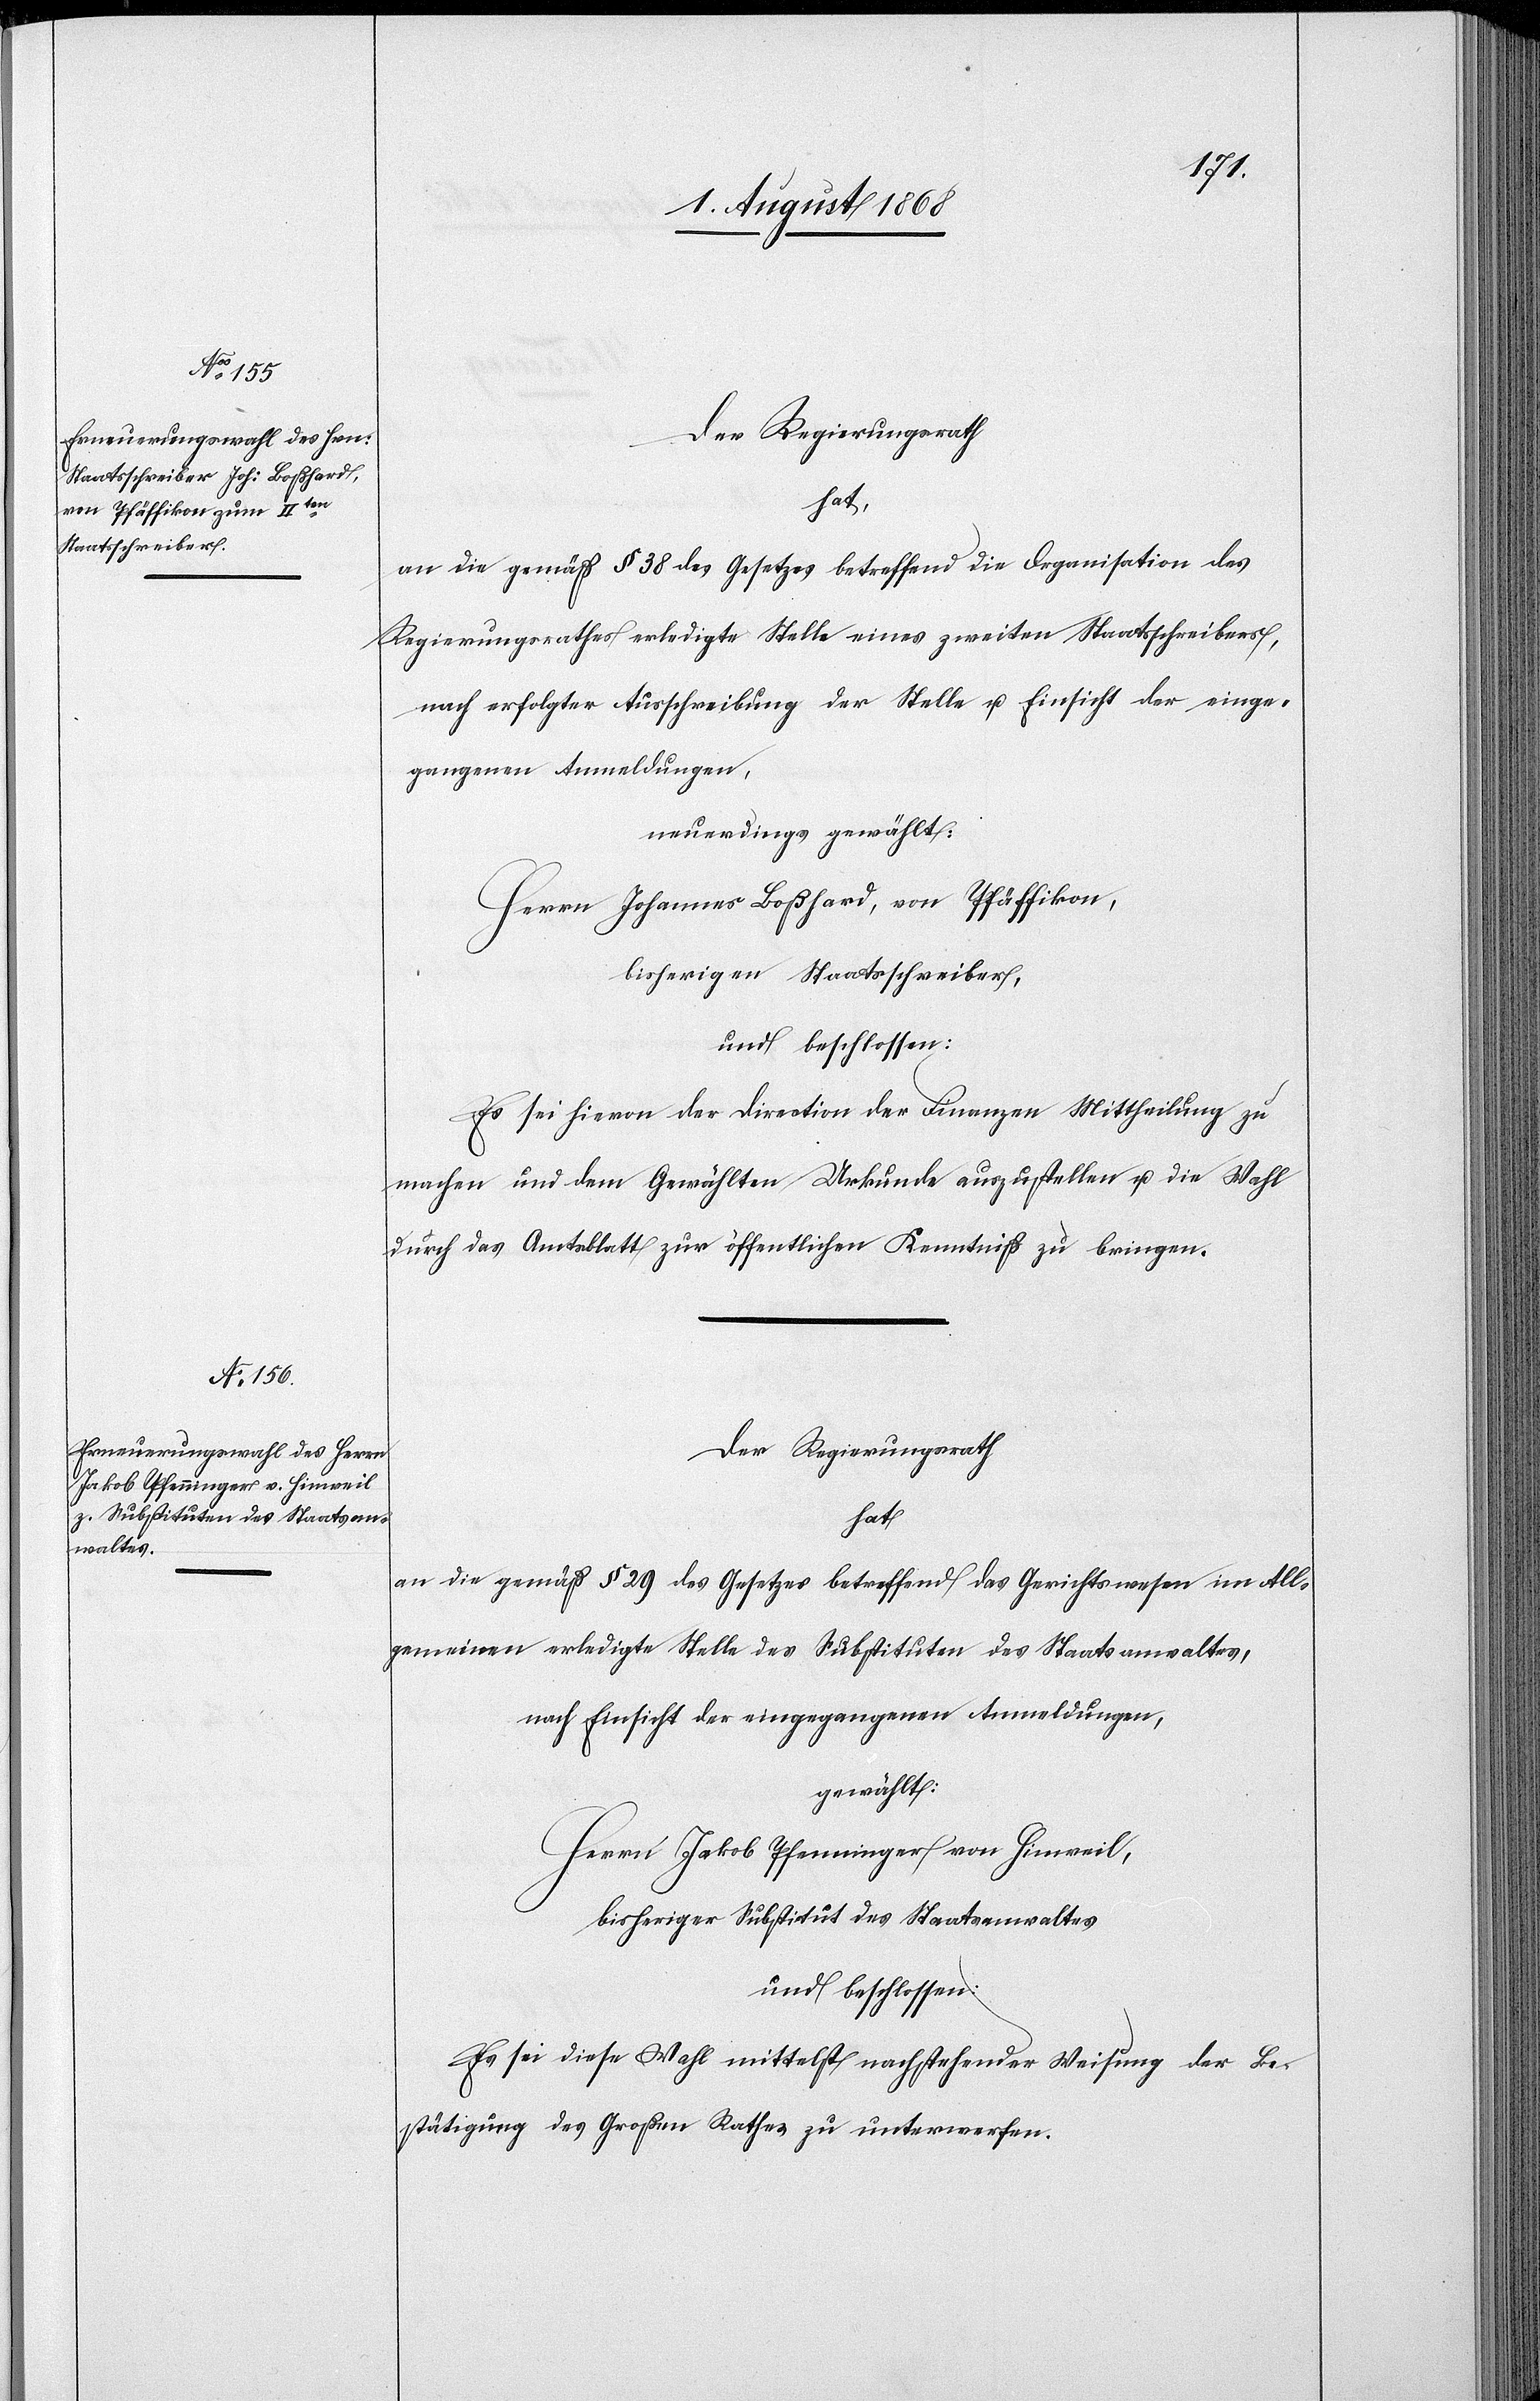
Der Regierungsrath
hat,
an die gemäß § 38 des Gesetzes betreffend die Organisation des
Regierungsrathes erledigte Stelle eines zweiten Staatsschreibers,
nach erfolgter Ausschreibung der Stelle u. Einsicht der einge¬
gangenen Anmeldungen,
neuerdings gewählt:
Herrn Johannes Boßhard, von Pfäffikon,
bisherigen Staatsschreiber,
und beschlossen:
Es sei hievon der Direction der Finanzen Mittheilung zu
machen und dem Gewählten Urkunde auszustellen u. die Wahl
durch das Amtsblatt zur öffentlichen Kenntniß zu bringen.
Der Regierungsrath
hat
an die gemäß § 29 des Gesetzes betreffend das Gerichtswesen im All¬
gemeinen erledigte Stelle des Substituten des Staatsanwaltes,
nach Einsicht der eingegangenen Anmeldungen,
gewählt:
Herrn Jakob Pfenninger von Hinweil,
bisheriger Substitut des Staatsanwaltes
und beschlossen:
Es sei diese Wahl mittelst nachstehender Weisung der Be¬
stätigung des Großen Rathes zu unterwerfen.